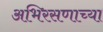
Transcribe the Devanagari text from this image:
अभिरसणाच्या